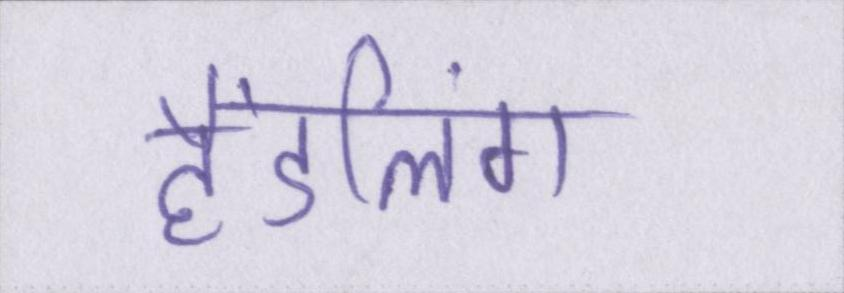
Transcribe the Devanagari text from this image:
हैंडलिंग